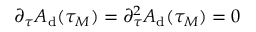
\partial _ { \tau } A _ { \mathrm { d } } ( \tau _ { M } ) = \partial _ { \tau } ^ { 2 } A _ { \mathrm { d } } ( \tau _ { M } ) = 0